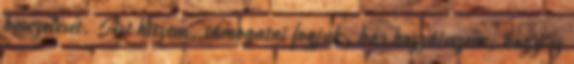
bevezetését. Azt hiszem, támogatni fogjuk, bár hozzáteszem, hogy ez